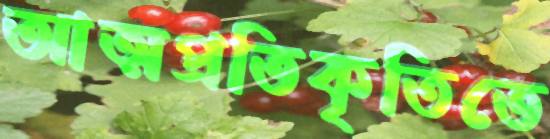
আত্মপ্রতিকৃতিতে